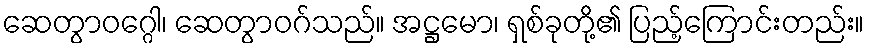
ဆေတွာဝဂ္ဂေါ၊ ဆေတွာဝဂ်သည်။ အဋ္ဌမော၊ ရှစ်ခုတို့၏ ပြည့်ကြောင်းတည်း။